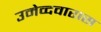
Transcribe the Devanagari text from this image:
उमेव्दवारास